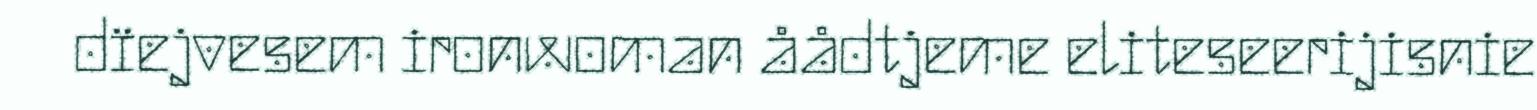
dïejvesem ironwoman åådtjeme eliteseerijisnie